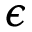
\epsilon